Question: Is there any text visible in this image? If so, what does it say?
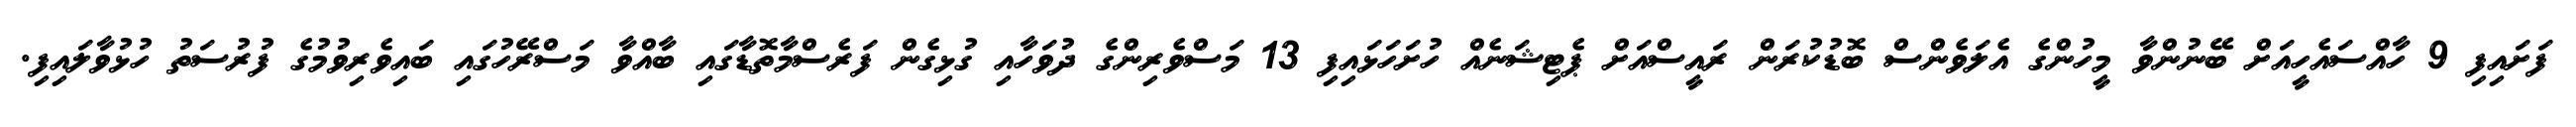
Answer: ފަށައިފި 9 ހާއްސައެހީއަށް ބޭނުންވާ މީހުންގެ އެލަވެންސް ބޮޑުކުރަން ރައީސްއަށް ޕެޓިޝަނެއް ހުށަހަޅައިފި 13 މަސްވެރިންގެ ދުވަހާއި ގުޅިގެން ފަރެސްމާތޮޑާގައި ބާއްވާ މަސްރޭހުގައި ބައިވެރިވުމުގެ ފުރުސަތު ހުޅުވާލައިފި.